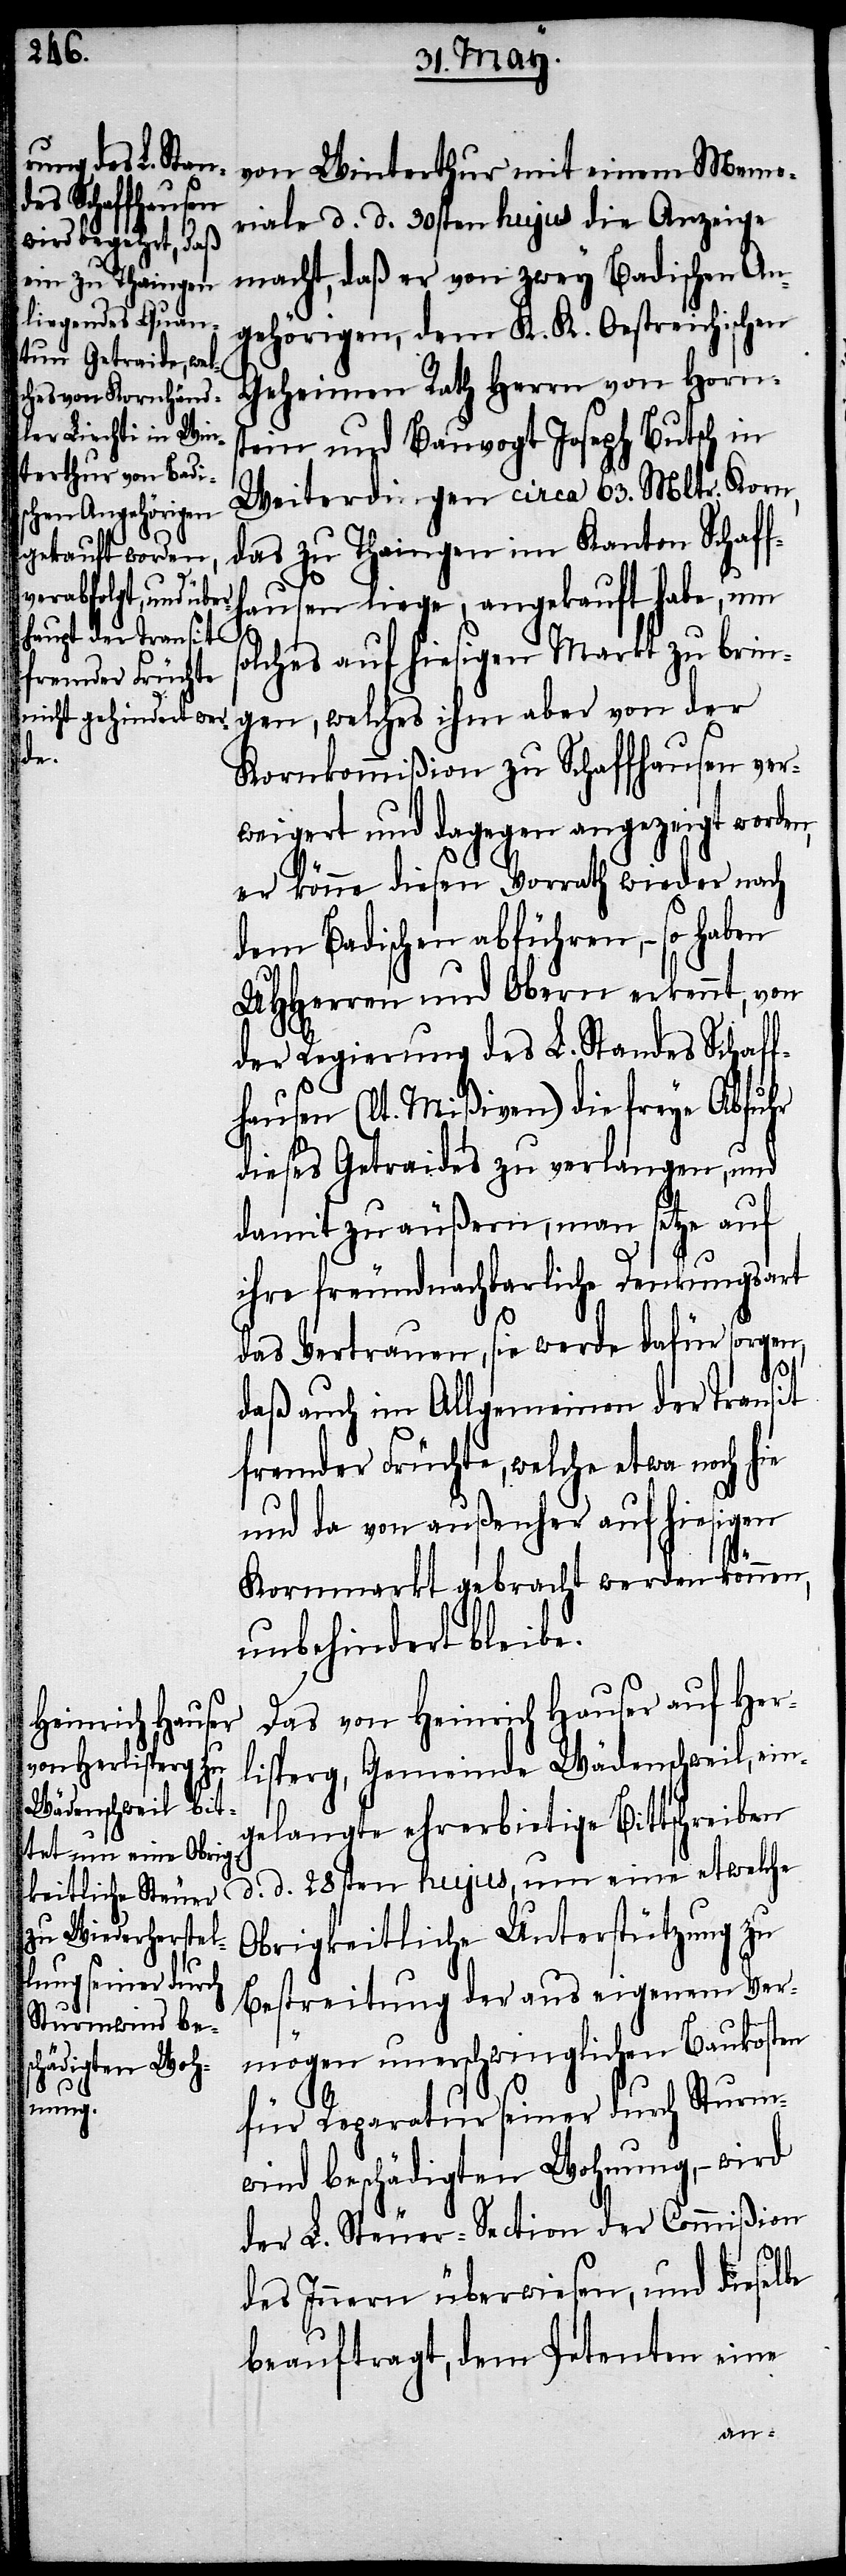
von Winterthur mit einem Memo¬
riale d. d. 20sten hujus die Anzeige
macht, daß er von zwey Badischen An¬
gehörigen, dem K. K. Oestreichischen
Geheimen Rath Herrn von Horns¬
tein und Bauvogt Joseph Butsch in
Weiterdingen circa 63. Mltr. Korn,
das zu Thaingen im Kanton Schaff¬
hausen liege, angekauft habe, um
s¬
olches auf hiesigen Markt zu brin¬
gen, welches ihm aber von der
Kornkommißion zu Schaffhausen ver¬
weigert und dagegen angezeigt worden,
er könne diesen Vorrath wieder nach
dem Badischen abführen, – so haben
UHHerren und Obern erkennt, von
der Regierung des L. Standes Schaff¬
hausen (lt. Mißiven) die freye Abfuhr
dieses Getraides zu verlangen, und
damit zu äußern, man setze auf
ihre freundnachbarliche Denkungsart
das Vertrauen, sie werde dafür sorgen,
daß auch im Allgemeinen der Transit
fremder Früchte, welche etwa noch hie
und da von außenher auf hiesigen
Kornmarkt gebracht werden können,
unbehindert bleibe.
Das von Heinrich Hauser auf Herl¬
isperg, Gemeinde Wädenschweil, ein¬
gelangte ehrerbietige Bittschreiben
d. d. 28sten hujus, um eine etwelche
Obrigkeitliche Unterstützung zu
Bestreitung des aus eigenem Ver¬
mögen unerschwinglichen Baukosten
für Reparatur seiner durch Sturm¬
wind beschädigten Wohnung, – wird
der L. Steuer-Section der Commißion
des Innern überwiesen, und dieselbe
beauftragt, dem Petenten eine